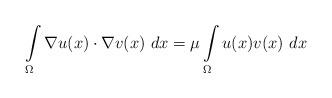
LaTeX: \begin{align*}\int\limits _{\Omega} \nabla u(x)\cdot\nabla v(x)~dx=\mu \int\limits _{\Omega}u(x)v(x)~dx\end{align*}